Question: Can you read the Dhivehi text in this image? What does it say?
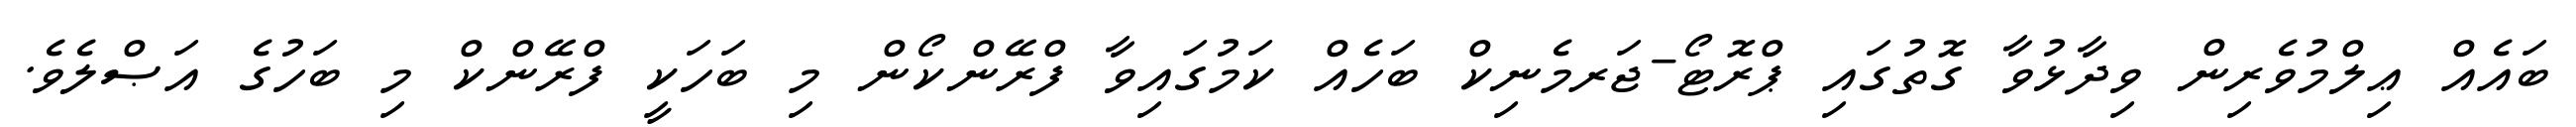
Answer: ބައެއް ޢިލްމުވެރިން ވިދާޅުވާ ގޮތުގައި ޕްރޮޓޯ-ޖަރމެނިކް ބަހެއް ކަމުގައިވާ ފްރޭންކޯން މި ބަހަކީ ފްރޭންކް މި ބަހުގެ އަޞްލެވެ.